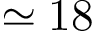
\simeq 1 8